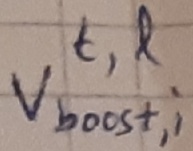
Text: t,l Vboost,i